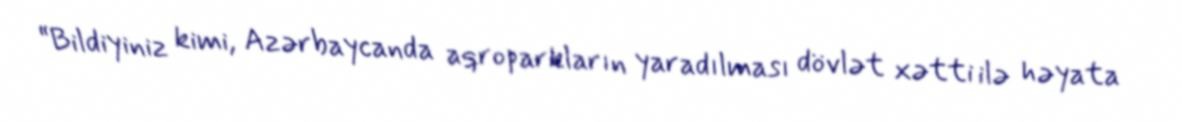
“Bildiyiniz kimi, Azərbaycanda aqroparkların yaradılması dövlət xətti ilə həyata